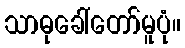
သာဓုခေါ်တော်မူပုံ။